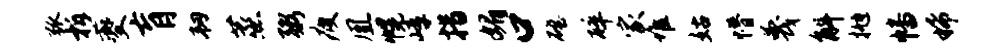
弧柝夔肓韧蒸粥疲凰幌嶂措媚口磴碎家堆姑懵蔑斛抛幡稀